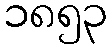
၁၈၅၃